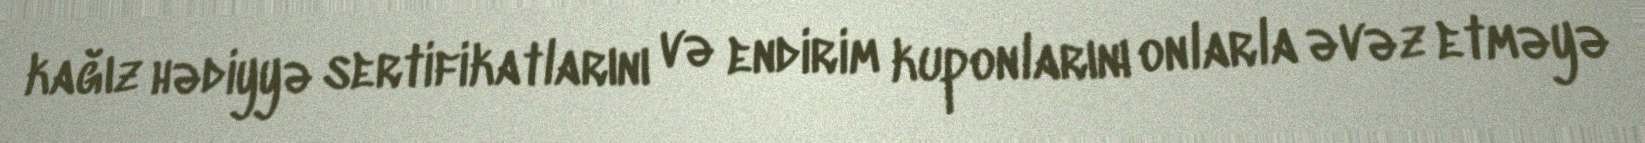
kağız hədiyyə sertifikatlarını və endirim kuponlarını onlarla əvəz etməyə